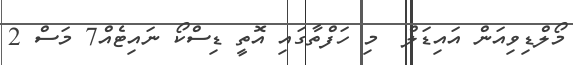
މޯލްޑިވިއަން އައިޑަލް  މި ހަފްތާގައި އޮތީ ޑިސްކޯ ނައިޓެއް7 މަސް 2